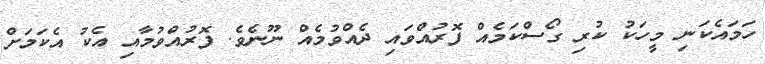
ހަމައެކަނި މީހަކު ކުރި ގޯސްކަމެއް ފޮރުއްވައި ދެއްވުމެއް ނޫނެވެ. ފޮރުއްވުމާއި އެކު އެކަމަށް